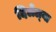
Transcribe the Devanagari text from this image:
दिलेल्‍या